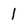
Character: 1